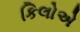
કિલોએ